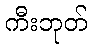
ကီးဘုတ်